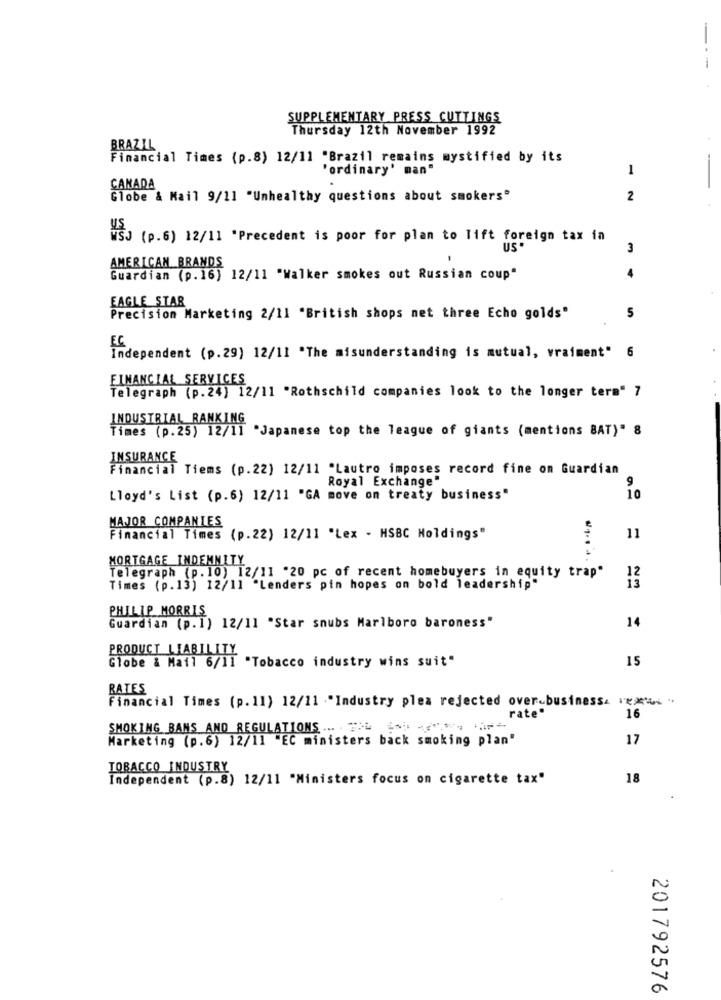
-
SUPPLEMENTARY PRESS CUTTINGS
Thursday 12th November 1992
BRAZIL
Financial Times (p.8) 12/11 "Brazil remains mystified by its
'ordinary' man"
1
CANADA
Globe & Mail 9/11 "Unhealthy questions about smokers"
2
WSJ (p.6) 12/11 "Precedent is poor for plan to lift foreign tax in
US.
3
AMERICAN BRANDS
Guardian (p.16) 12/11 "Walker smokes out Russian coup"
EAGLE STAR
Precision Marketing 2/11 "British shops net three Echo golds"
5
EC
Independent (p.29) 12/11 "The misunderstanding is mutual, vraiment" 6
FINANCIAL SERVICES
Telegraph (p.24) 12/11 "Rothschild companies look to the longer term" 7
INDUSTRIAL RANKING
Times (p.25) 12/11 "Japanese top the league of giants (mentions BAT)" 8
INSURANCE
Financial Tiems (p.22) 12/11 "Lautro imposes record fine on Guardian
Royal Exchange"
9
Lloyd's List (p.6) 12/11 "GA move on treaty business"
10
MAJOR COMPANIES
Financial Times (p.22) 12/11 "Lex - HSBC Holdings"
11
MORTGAGE INDEMNITY
Telegraph (p.10) 12/11 "20 pc of recent homebuyers in equity trap"
12
Times (p.13) 12/11 "Lenders pin hopes on bold leadership"
PHILIP MORRIS
14
Guardian (p.1) 12/11 "Star snubs Marlboro baroness"
PRODUCT LIABILITY
Globe & Mail 6/11 "Tobacco industry wins suit"
15
RATES
Financial Times (p.11) 12/11 "Industry plea rejected over-business, "x" "
rate"
16
SMOKING BANS AND REGULATIONS ... . .
Marketing (p.6) 12/11 "EC ministers back smoking plan"
17
TOBACCO INDUSTRY
Independent (p.8) 12/11 "Ministers focus on cigarette tax"
18
201792576